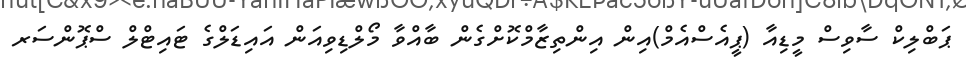
ޕަބްލިކް ސާވިސް މީޑިއާ (ޕީއެސްއެމް)އިން އިންތިޒާމްކޮށްގެން ބާއްވާ މޯލްޑިވިއަން އައިޑަލްގެ ޓައިޓްލް ސްޕޮންސަރ